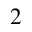
_ 2